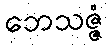
ဘေသဇ္ဇံ